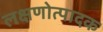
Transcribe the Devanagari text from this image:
लक्षणोत्पादक